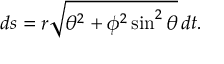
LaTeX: d s = r { \sqrt { \theta ^ { 2 } + \phi ^ { 2 } \sin ^ { 2 } \theta } } \, d t .